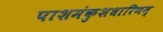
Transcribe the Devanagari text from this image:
पाशमंकुशधारिणम्